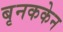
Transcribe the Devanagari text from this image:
बृनककेन